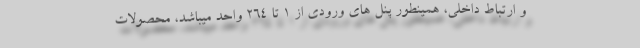
و ارتباط داخلی، همینطور پنل های ورودی از 1 تا 264 واحد میباشد، محصولات